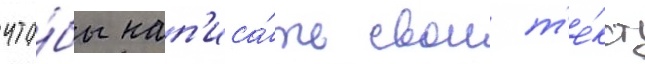
что́бы нап'иса́ть свои т'е́кст